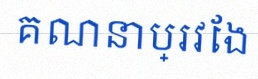
គណនាប្រវែង